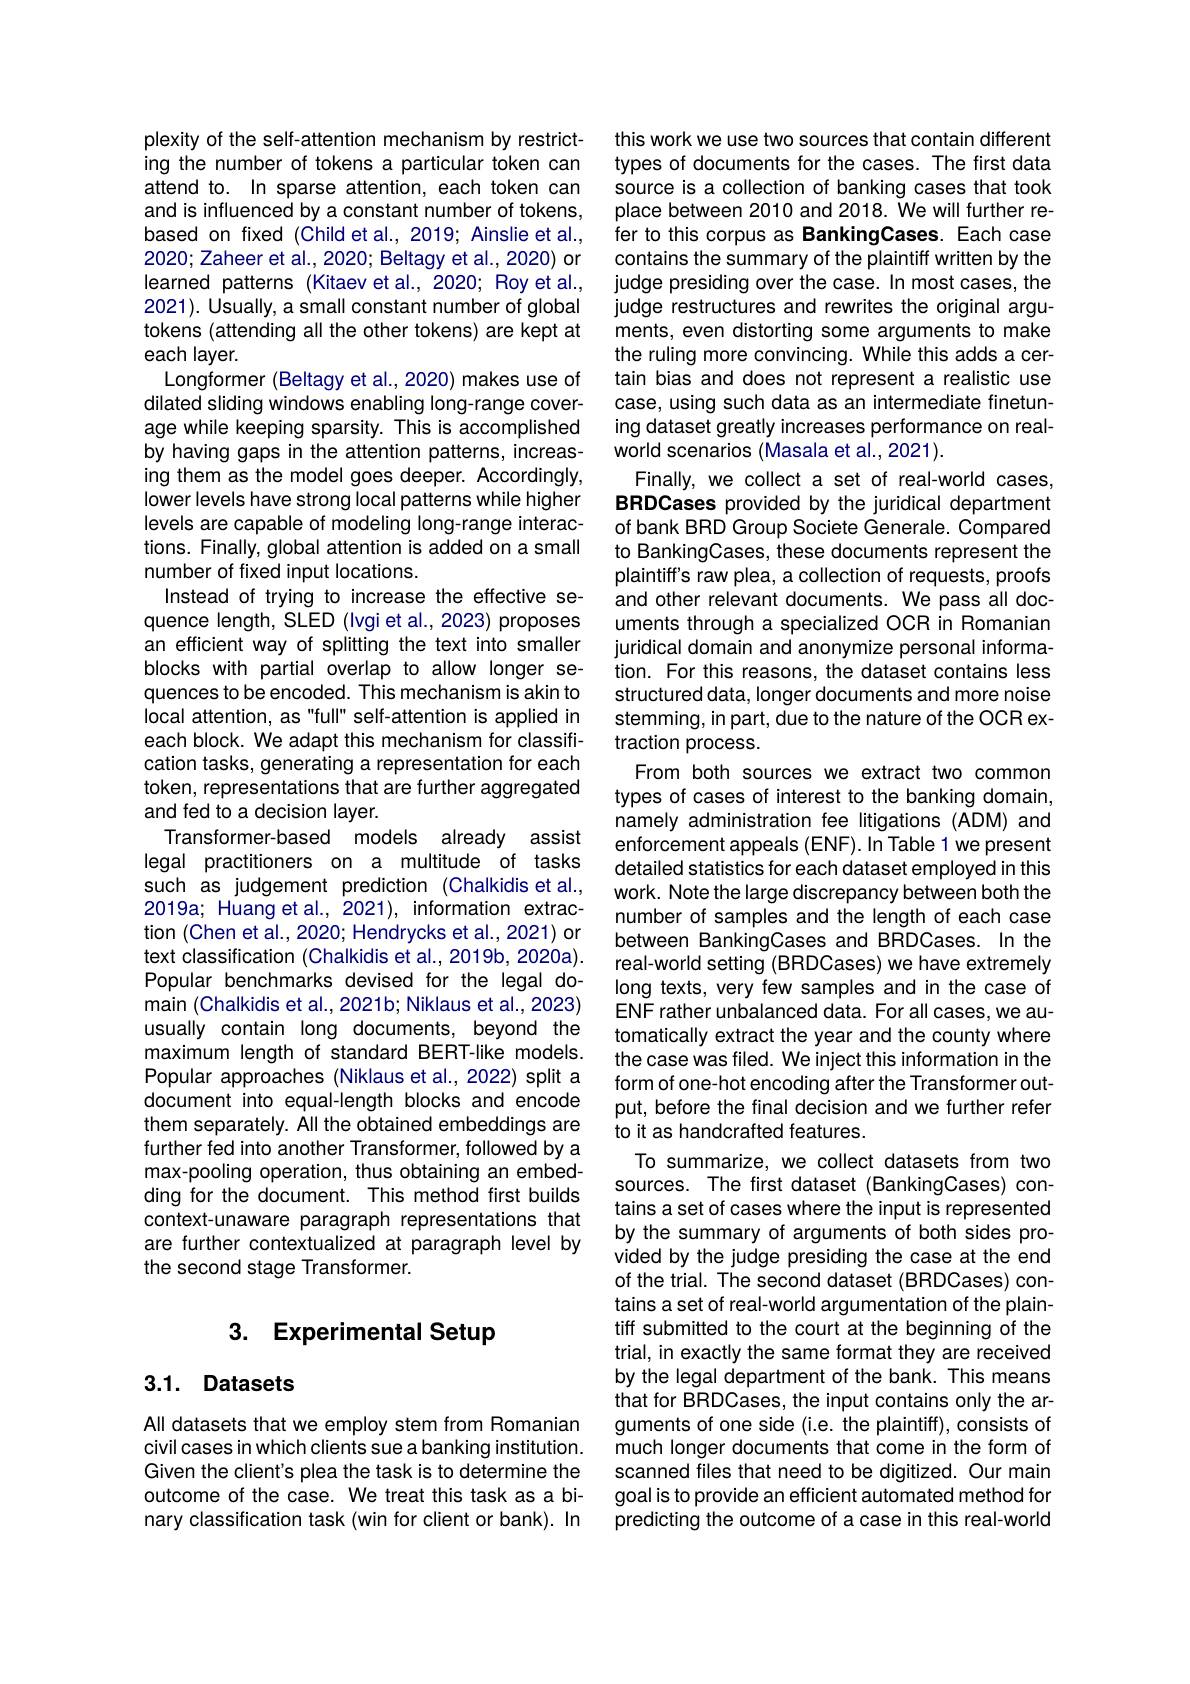
plexity of the self-attention mechanism by restricting the number of tokens a particular token can attend to. In sparse attention, each token can and is influenced by a constant number of tokens, based on fixed (Child et al., 2019; Ainslie et al., 2020;Zaheer et al., 2020; Beltagy et al., 2020) or learned patterns (Kitaev et al., 2020; Roy et al., 2021). Usually, a small constant number of global tokens (attending all the other tokens) are kept at each layer.
Longformer (Beltagy et al., 2020) makes use of dilated sliding windows enabling long-range coverage while keeping sparsity. This is accomplished by having gaps in the attention patterns, increasing them as the model goes deeper. Accordingly, lower levels have strong local patterns while higher levels are capable of modeling long-range interactions. Finally, global attention is added on a small number of fixed input locations.
Instead of trying to increase the effective sequence length, SLED (Ivgi et al., 2023) proposes an efficient way of splitting the text into smaller blocks with partial overlap to allow longer sequences to be encoded. This mechanism is akin to local attention, as"full" self-attention is applied in each block. We adapt this mechanism for classification tasks, generating a representation for each token, representations that are further aggregated and fed to a decision layer.
Transformer-based models already assist legal practitioners on a multitude of tasks such as judgement prediction (Chalkidis et al., 2019a; Huang et al., 2021), information extraction (Chen et al., 2020; Hendrycks et al., 2021) or text classification (Chalkidis et al., 2019b, 2020a). Popular benchmarks devised for the legal domain (Chalkidis et al., 2021b; Niklaus et al., 2023) usually contain long documents, beyond the maximum length of standard BERT-like models. Popular approaches (Niklaus et al., 2022) split a document into equal-length blocks and encode them separately. All the obtained embeddings are further fed into another Transformer, followed by a max-pooling operation, thus obtaining an embedding for the document. This method first builds context-unaware paragraph representations that are further contextualized at paragraph level by the second stage Transformer.

# 3. Experimental Setup

## 3.1. Datasets

All datasets that we employ stem from Romanian civil cases in which clients sue a banking institution. Given the client's plea the task is to determine the outcome of the case. We treat this task as a binary classification task (win for client or bank). In

this work we use two sources that contain different types of documents for the cases. The first data source is a collection of banking cases that took place between 2010 and 2018. We will further refer to this corpus as BankingCases. Each case contains the summary of the plaintiff written by the judge presiding over the case. In most cases, the judge restructures and rewrites the original arguments, even distorting some arguments to make the ruling more convincing. While this adds a certain bias and does not represent a realistic use case, using such data as an intermediate finetuning dataset greatly increases performance on realworld scenarios (Masala et al., 2021).
Finally, we collect a set of real-world cases, BRDCases provided by the juridical department of bank BRD Group Societe Generale. Compared to BankingCases, these documents represent the plaintiff's raw plea, a collection of requests, proofs and other relevant documents. We pass all documents through a specialized OCR in Romanian juridical domain and anonymize personal information. For this reasons, the dataset contains less structured data, longer documents and more noise stemming, in part, due to the nature of the OCR extraction process.
From both sources we extract two common types of cases of interest to the banking domain, namely administration fee litigations (ADM) and enforcement appeals (ENF). In Table 1 we present detailed statistics for each dataset employed in this work. Note the large discrepancy between both the number of samples and the length of each case between BankingCases and BRDCases. In the real-world setting (BRDCases) we have extremely long texts, very few samples and in the case of ENF rather unbalanced data. For all cases, we automatically extract the year and the county where the case was filed. We inject this information in the form of one- hot encoding after the Transformer output, before the final decision and we further refer to it as handcrafted features.
To summarize, we collect datasets from two sources. The first dataset (BankingCases) contains a set of cases where the input is represented by the summary of arguments of both sides provided by the judge presiding the case at the end of the trial. The second dataset (BRDCases) contains a set of real-world argumentation of the plaintiff submitted to the court at the beginning of the trial, in exactly the same format they are received by the legal department of the bank. This means that for BRDCases, the input contains only the arguments of one side (i.e. the plaintiff), consists of much longer documents that come in the form of scanned files that need to be digitized. Our main goal is to provide an efficient automated method for predicting the outcome of a case in this real-world